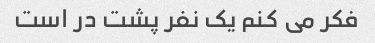
فکر می کنم یک نفر پشت در است